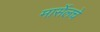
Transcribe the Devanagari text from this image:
मार्सेलचे